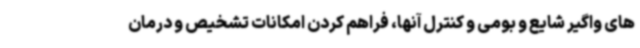
های واگیر شایع و بومی و کنترل آنها، فراهم کردن امکانات تشخیص و درمان